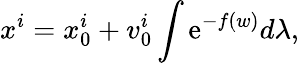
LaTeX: x^{i}=x_{0}^{i}+v_{0}^{i}\int\mathrm{e}^{-f(w)}d\lambda,